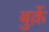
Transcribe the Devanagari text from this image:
बुर्क़े